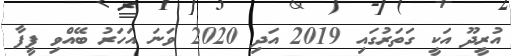
އުރީދޫ އަކީ ގަތަރުގައި 2019 އަދި 2020 ވަނަ އަހަރު ބޭއްވި ފީފާ